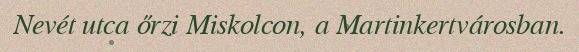
Nevét utca őrzi Miskolcon, a Martinkertvárosban.